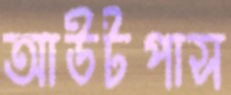
আউটপাস